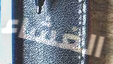
الغشاء